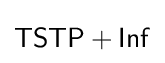
{\mathsf {TSTP+Inf}}